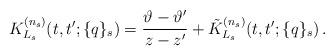
LaTeX: \begin{align*}K_{L_s}^{(n_s)}(t,t';\{q\}_s)=\frac{\vartheta-\vartheta'}{z-z'}+\tilde K_{L_s}^{(n_s)}(t,t';\{q\}_s)\,.\end{align*}